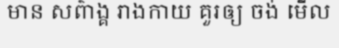
មាន សព៌ាង្គ រាងកាយ គួរឲ្យ ចង់ មើល